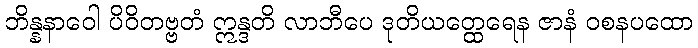
ဘိန္နနာဝေါ ပိဝိတဗ္ဗတံ ဣန္ဒတိ လာဘီပေ ဒုတိယတ္ထေရေန ဇာနံ ဝစနပထော